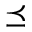
\preceq